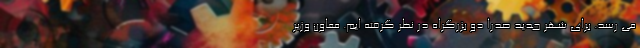
می رسد. برای شهر جدید صدرا دو بزرگراه در نظر گرفته ایم. معاون وزیر